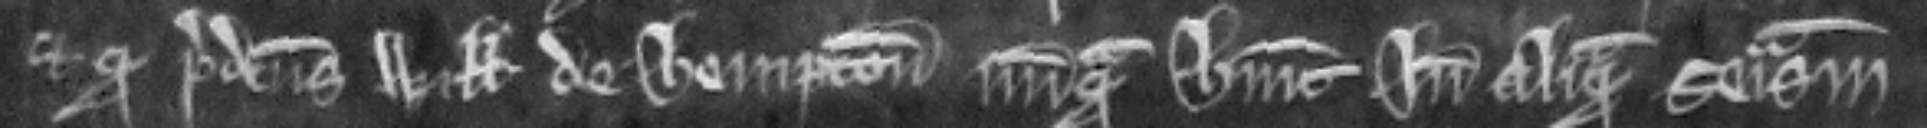
et quod predictus Willelmus de Hempton nunquam habuit inde aliquam seisinam.